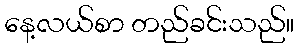
နေ့လယ်စာ တည်ခင်းသည်။